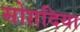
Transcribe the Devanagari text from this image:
सोग़दिया